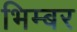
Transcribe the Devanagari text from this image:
भिम्बर